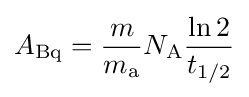
A_{\text{Bq}}={\frac {m}{m_{\text{a}}}}N_{\text{A}}{\frac {\ln 2}{t_{1/2}}}